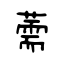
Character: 薷